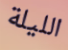
الليلة